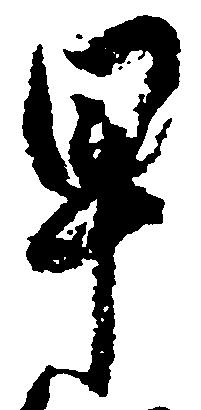
早